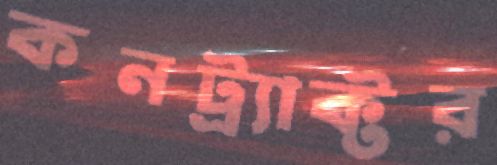
কনট্র্যাক্টর